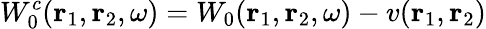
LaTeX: W_{0}^{c}(\mathbf{r}_{1},\mathbf{r}_{2},\omega)=W_{0}(\mathbf{r}_{1},\mathbf{r}_{2},\omega)-v(\mathbf{r}_{1},\mathbf{r}_{2})